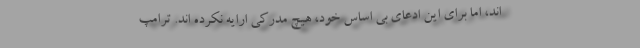
اند، اما برای این ادعای بی اساس خود، هیچ مدرکی ارایه نکرده اند. ترامپ